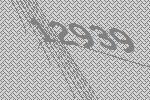
12939